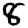
Digit: 8